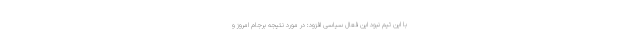
با این تیم نبود این فعال سیاسی افزود: در مورد نتیجه برجام امروز و